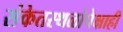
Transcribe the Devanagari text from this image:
संकेतस्थळांपेक्षाही